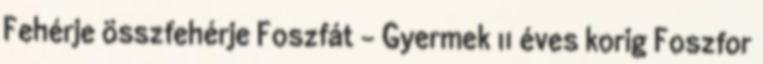
Fehérje összfehérje Foszfát - Gyermek 11 éves korig Foszfor